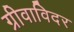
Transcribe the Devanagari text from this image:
ग्रीवाविदर